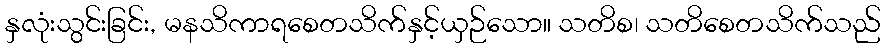
နှလုံးသွင်းခြင်း, မနသိကာရစေတသိက်နှင့်ယှဉ်သော။ သတိစ၊ သတိစေတသိက်သည်